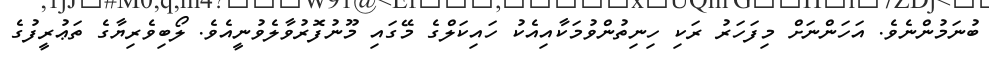
ބުނަމުންނެވެ. އަހަންނަށް މިފަހަރު ރަކި ހިނިތުންވުމަކާއިއެކު ހައިކަލްގެ މޭގައި މޫނުފޮރުވާލެވުނީއެވެ. ލޯބިވެރިޔާގެ ތަޢުރީފުގެ